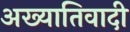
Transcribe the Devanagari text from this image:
अख्यातिवादी